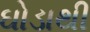
ઘોડાથી